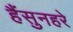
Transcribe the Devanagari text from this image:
हैंसुनहरे